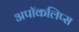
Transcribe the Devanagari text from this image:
अपॉकलिप्स